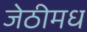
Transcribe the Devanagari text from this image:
जेठीमध